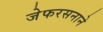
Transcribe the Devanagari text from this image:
जेफरसनाने